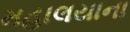
મહાલયાના